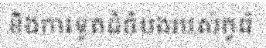
និងការទូតដ៏ចំបងរបស់កូរ៉េ